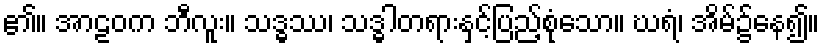
၏။ အာဠဝက ဘီလူး။ သဒ္ဓဿ၊ သဒ္ဓါတရားနှင့်ပြည့်စုံသော။ ဃရံ၊ အိမ်၌နေ၍။